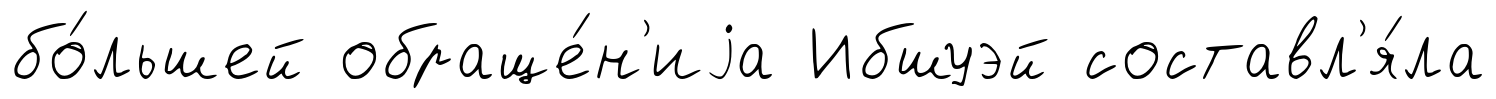
бо́льшей обраще́н'иjа Ибшуэй составл'я́ла